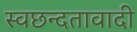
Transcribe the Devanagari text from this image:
स्वछन्दतावादी